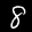
Label: 8